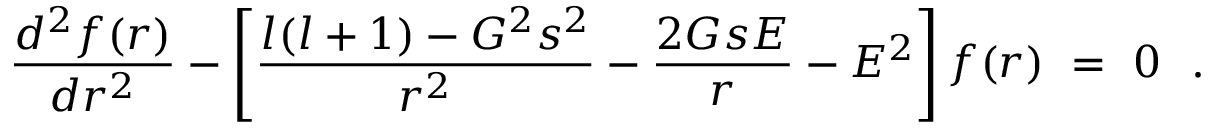
{ \frac { d ^ { 2 } f ( r ) } { d r ^ { 2 } } } - \left[ { \frac { l ( l + 1 ) - G ^ { 2 } s ^ { 2 } } { r ^ { 2 } } } - { \frac { 2 G s E } { r } } - E ^ { 2 } \right] f ( r ) ~ = ~ 0 ~ ~ .